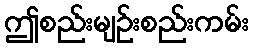
ဤစည်းမျဉ်းစည်းကမ်း